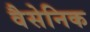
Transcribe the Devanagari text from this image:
वैसेनिक